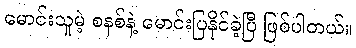
မောင်းသူမဲ့ စနစ်နဲ့ မောင်းပြနိုင်ခဲ့ပြီ ဖြစ်ပါတယ်။